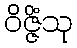
ဝိဇ္ဇိံသု